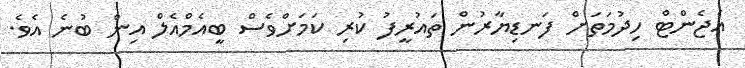
އެޖެންޓް ހިދުމަތަށް ފަނޑިޔާރުން ތައުރީފު ކުރި ކަމަށްވެސް ބީއެމްއެލް އިން ބުނެ އެވެ.